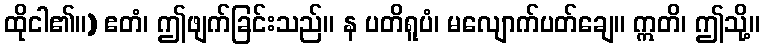
ထိုငါ၏။) ဧတံ၊ ဤဖျက်ခြင်းသည်။ န ပတိရူပံ၊ မလျောက်ပတ်ချေ။ ဣတိ၊ ဤသို့။